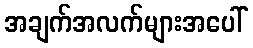
အချက်အလက်များအပေါ်